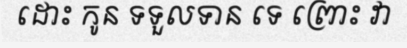
ដោះ កូន ទទួលទាន ទេ ព្រោះ វា